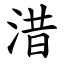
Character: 㳻